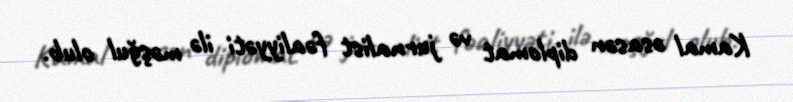
Kamal əsasən diplomat və jurnalist fəaliyyəti ilə məşğul olub.